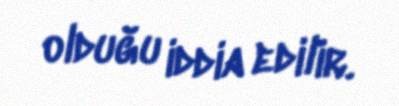
olduğu iddia edilir.